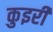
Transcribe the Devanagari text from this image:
कुइरी